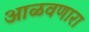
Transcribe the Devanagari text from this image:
आळवणारा